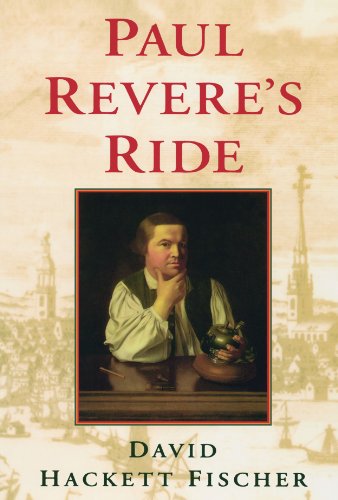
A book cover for Paul Revere's Ride; David Hackett Fischer; History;